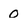
Character: o